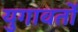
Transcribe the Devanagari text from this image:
युगावर्तो